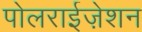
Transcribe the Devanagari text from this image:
पोलराईज़ेशन